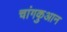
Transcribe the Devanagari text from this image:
चांगकुआन